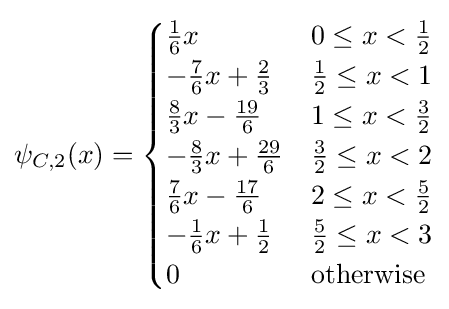
\psi _{C,2}(x)={\begin{cases}{\frac {1}{6}}x&0\leq x<{\frac {1}{2}}\\-{\frac {7}{6}}x+{\frac {2}{3}}&{\frac {1}{2}}\leq x<1\\{\frac {8}{3}}x-{\frac {19}{6}}&1\leq x<{\frac {3}{2}}\\-{\frac {8}{3}}x+{\frac {29}{6}}&{\frac {3}{2}}\leq x<2\\{\frac {7}{6}}x-{\frac {17}{6}}&2\leq x<{\frac {5}{2}}\\-{\frac {1}{6}}x+{\frac {1}{2}}&{\frac {5}{2}}\leq x<3\\0&{\text{otherwise}}\end{cases}}